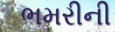
ભમરીની